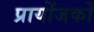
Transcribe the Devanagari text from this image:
प्रायोंजकों